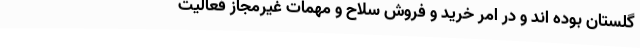
گلستان بوده اند و در امر خرید و فروش سلاح و مهمات غیرمجاز فعالیت